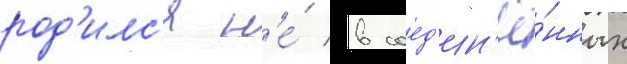
род'илс'я н'е́ в соед'ин'ё́нных